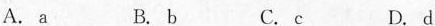
A.a B.b C.c D.d